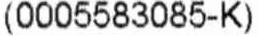
(0005583085-K)